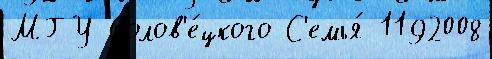
МГУ Солов'е́цкого С'емья́ 1192008